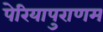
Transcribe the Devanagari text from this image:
पेरियापुराणम